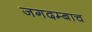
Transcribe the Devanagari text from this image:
जगदम्बाच